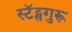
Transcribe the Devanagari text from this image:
स्टॅट्सगुरू